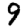
Digit: 9